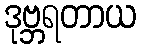
ဒုဗ္ဘရတာယ